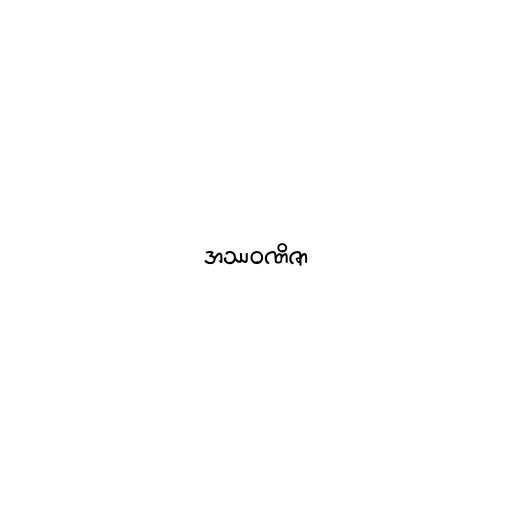
အဿဝဏိဇာ